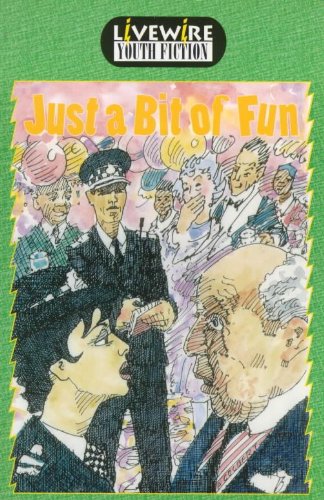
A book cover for Livewire Youth Fiction: Just a Bit of Fun; Peter Leigh; Teen & Young Adult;